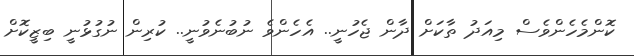
ކޮންމެހެންވެސް މިއަދު ތާކަށް ދާން ޖެހުނީ.. އެހެންވެ ނުބުނެވުނީ.. ކުރިން ނުގުޅުނީ ބިޒީކޮށް